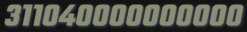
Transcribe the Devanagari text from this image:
३११०४००००००००००